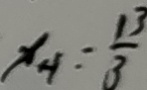
x _ { 4 } = \frac { 1 3 } { 3 }